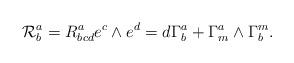
LaTeX: \begin{align*}{\cal R}^a_b = R^a_{bcd} e^c \wedge e^d = d \Gamma^a_b + \Gamma^a_m\wedge \Gamma^m_b.\end{align*}